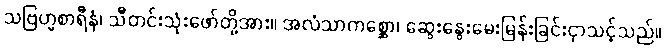
သဗြဟ္မစာရီနံ၊ သီတင်းသုံးဖော်တို့အား။ အလံသာကစ္ဆော၊ ဆွေးနွေးမေးမြန်းခြင်းငှာသင့်သည်။